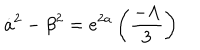
{ \dot { a } } ^ { 2 } - { \beta } ^ { 2 } = e ^ { 2 a } \left( \frac { - \Lambda } { 3 } \right)